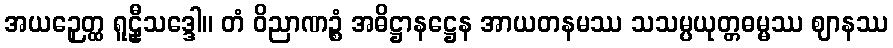
အယဉှေတ္ထ ရူဠှီသဒ္ဒေါ။ တံ ဝိညာဏဉ္စံ အဓိဋ္ဌာနဋ္ဌေန အာယတနမဿ သသမ္ပယုတ္တဓမ္မဿ ဈာနဿ